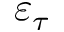
\varepsilon _ { \tau }